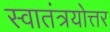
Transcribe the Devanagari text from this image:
स्वातंत्रयोत्तर